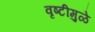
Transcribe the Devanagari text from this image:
वृष्टीमुळे